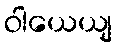
ဝါယေယျ